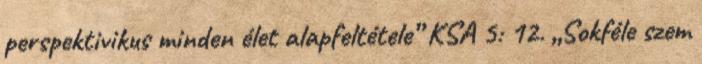
perspektivikus minden élet alapfeltétele” KSA 5: 12. „Sokféle szem